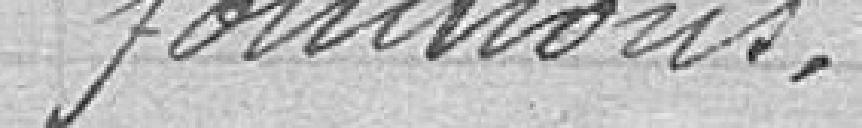
fonctions.